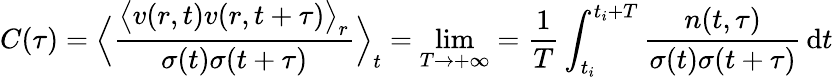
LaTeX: C(\tau)=\Big\langle\frac{\big\langle v(r,t)v(r,t+\tau)\big\rangle_{r}}{\sigma(t)\sigma(t+\tau)}\Big\rangle_{t}=\operatorname*{lim}_{T\rightarrow+\infty}=\frac{1}{T}\int_{t_{i}}^{t_{i}+T}\frac{n(t,\tau)}{\sigma(t)\sigma(t+\tau)}\mathop{}\! \mathrm{d}t